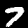
Digit: 7